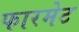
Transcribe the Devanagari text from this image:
फारमेट